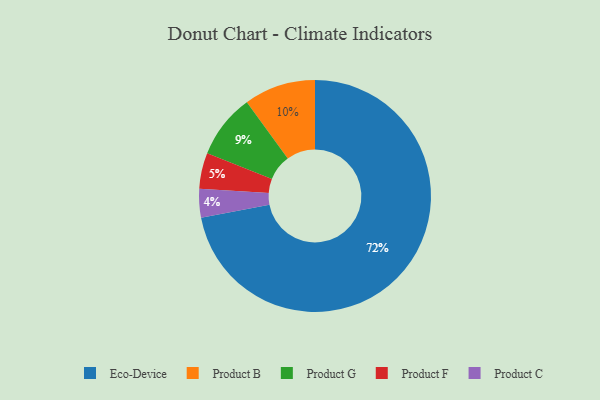
{"axis": {"x": "Category", "y": "Percentage"}, "legend": ["Eco-Device", "Product B", "Product C", "Product F", "Product G"], "data": [{"x": "Eco-Device", "y": 72, "type": "Eco-Device"}, {"x": "Product F", "y": 5, "type": "Product F"}, {"x": "Product C", "y": 4, "type": "Product C"}, {"x": "Product B", "y": 10, "type": "Product B"}, {"x": "Product G", "y": 9, "type": "Product G"}]}